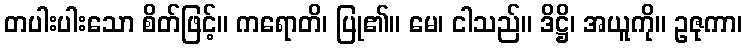
တပါးပါးသော စိတ်ဖြင့်။ ကရောတိ၊ ပြု၏။ မေ၊ ငါသည်။ ဒိဋ္ဌိ၊ အယူကို။ ဥဇုကာ၊